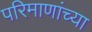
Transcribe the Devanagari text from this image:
परिमाणांच्या